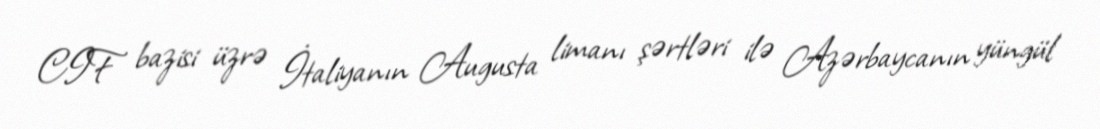
CIF bazisi üzrə İtaliyanın Augusta limanı şərtləri ilə Azərbaycanın yüngül